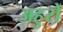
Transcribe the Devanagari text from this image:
अहुरों